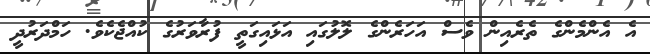
އެ އެންމެންގެ ތެރެއިން ވެސް އަހަރެންގެ ލޮލުގައި އަޅައިގަތީ ފުރާވަރުގެ ކުއްޖެކެވެ. ހަމްދަރުދީ